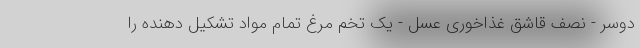
دوسر - نصف قاشق غذاخوری عسل - یک تخم مرغ تمام مواد تشکیل دهنده را